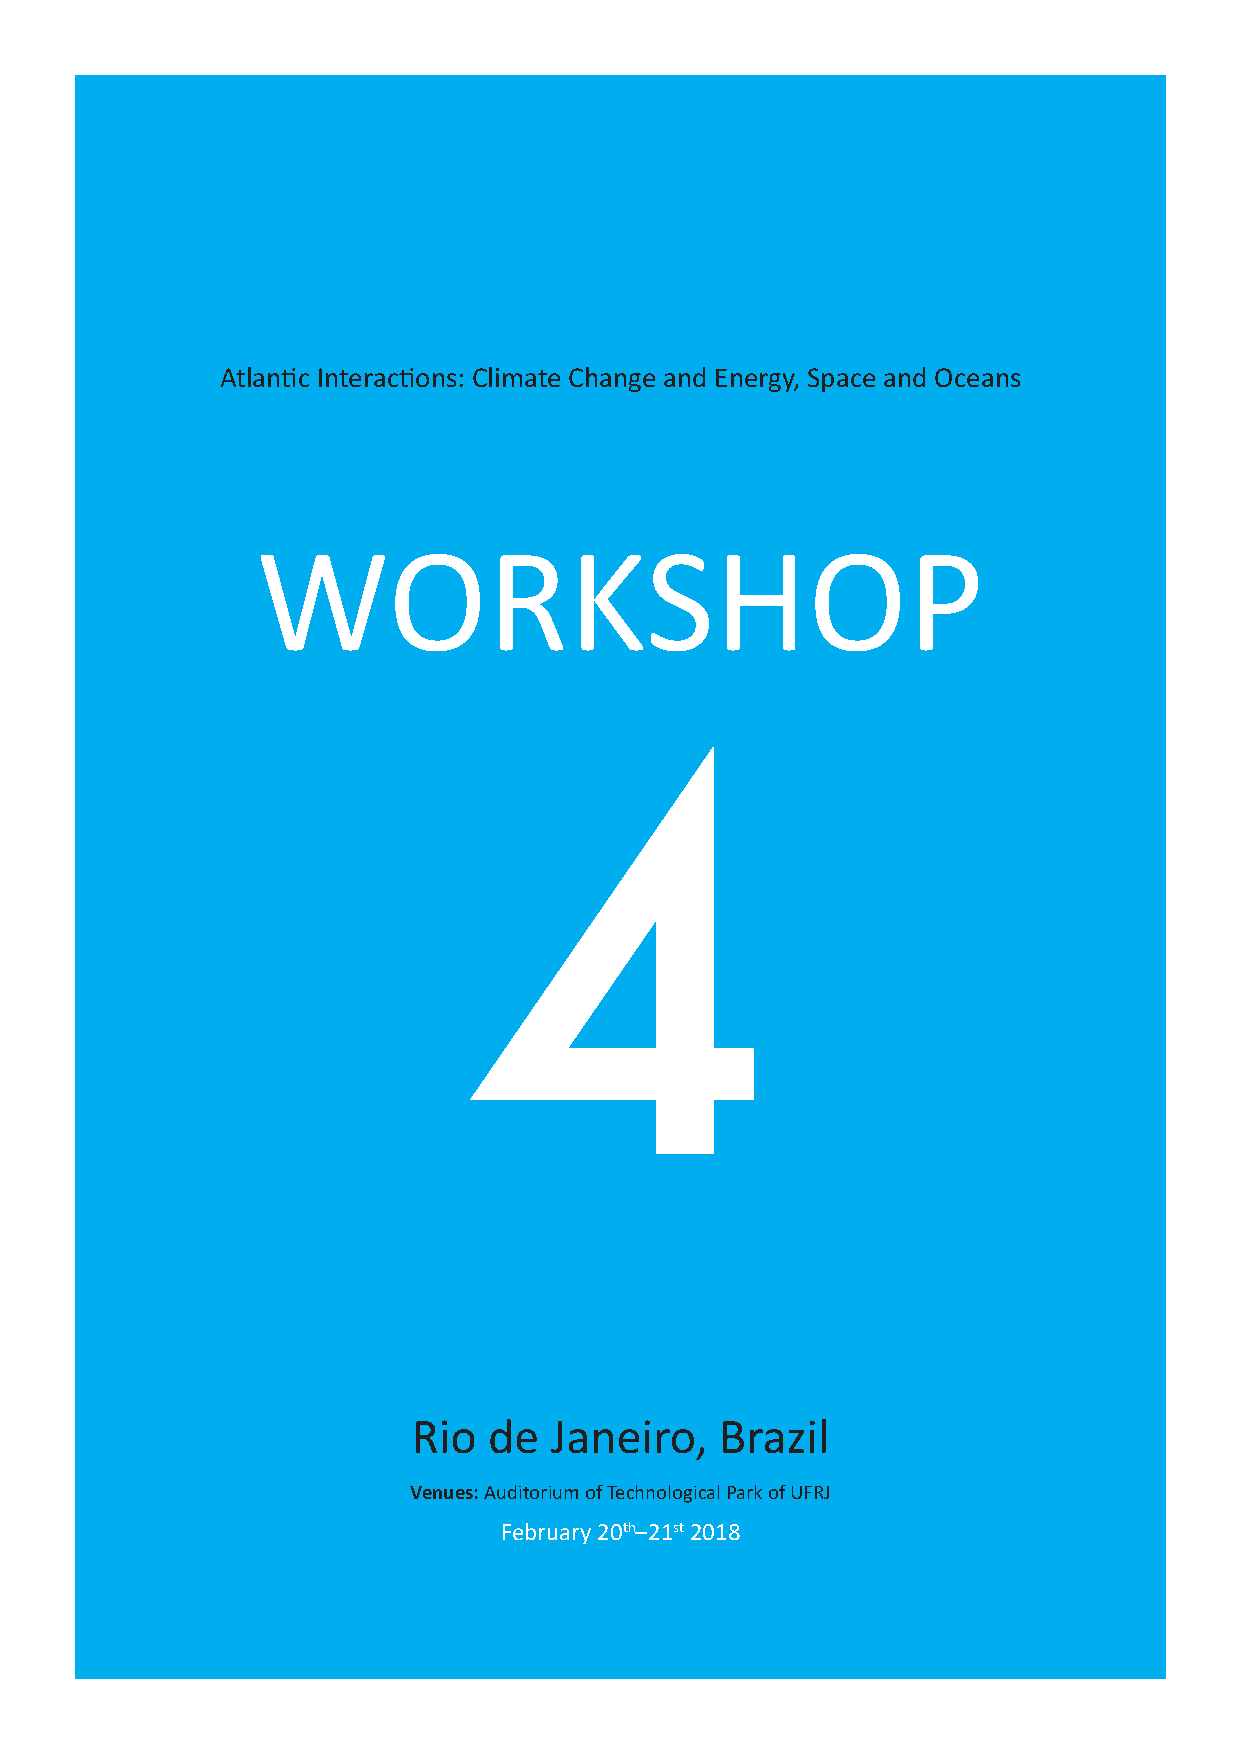
Atlantic Interactions: Climate Change and Energy, Space and Oceans
 WORKSHOP
 4
 Rio  de  Janeiro,    Brazil
 Venues:Auditorium of Technological Park of UFRJ
 February 20th–21st2018